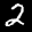
Label: 2